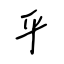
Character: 平